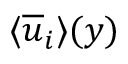
\textlangle \overline { { u } } _ { i } \textrangle ( y )